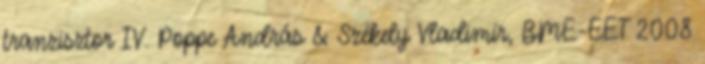
tranzisztor IV. Poppe András & Székely Vladimír, BME-EET 2008